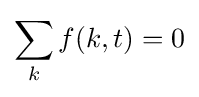
\sum _{k}f(k,t)=0